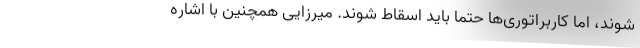
شوند، اما کاربراتوری‌ها حتما باید اسقاط شوند. میرزایی همچنین با اشاره